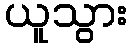
ယူသွား